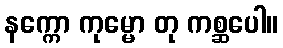
နက္ကော ကုမ္မော တု ကစ္ဆပေါ။